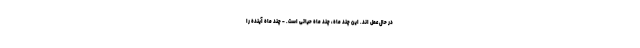
در حال عمل اند. این چند ماه، چند ماه حیاتی است. - چند ماه آینده را